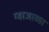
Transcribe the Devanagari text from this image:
ग्वाजाव्हा